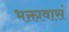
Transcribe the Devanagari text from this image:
भक्तावासं